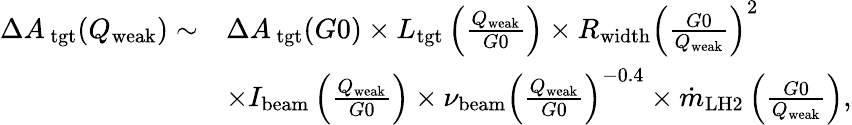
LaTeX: \begin{array}{rl}{\Delta{{A_{\, \mathrm{tgt}}}}(Q_{\mathrm{{weak}}})\sim}&{\Delta{{A_{\, \mathrm{tgt}}}}(G0)\times L_{\mathrm{{tgt}}}\left(\frac{Q_{\mathrm{{weak}}}}{G0}\right)\times R_{\mathrm{width}}\left(\frac{G0}{Q_{\mathrm{{weak}}}}\right)^{2}}\\ &{\times I_{\mathrm{beam}}\left(\frac{Q_{\mathrm{{weak}}}}{G0}\right)\times\nu_{\mathrm{beam}}\left(\frac{Q_{\mathrm{{weak}}}}{G0}\right)^{-0.4}\times\dot{m}_{\mathrm{LH2}}\left(\frac{G0}{Q_{\mathrm{{weak}}}}\right),}\end{array}